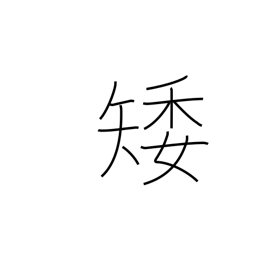
Meaning: low